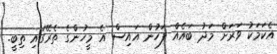
އެކަމަކު ވަރަށް މަދު ބައެއް ފަހުން އައިސް އެ މީހުންގެ ތެރޭގައި ތިބީ.